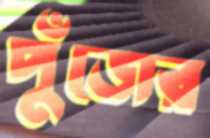
পুঁজের